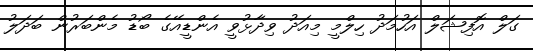
ގަލް އޮފިޝަލް އަހުމަދު ހިލްމީ މިއަދު ވިދާޅުވީ އެންޑީއޭގެ ބޯޑު މެންބަރުން ބަދަލު